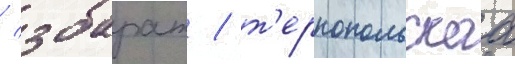
/ збараж / т'ернопольскаа